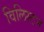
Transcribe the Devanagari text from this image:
विलिस्टन